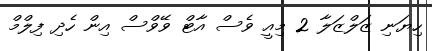
ހިޔަނި ޒަލްޒަލާ 2 މިއީ ވެސް އާޓް ވޭވްސް އިން ހެދި ފިލްމް